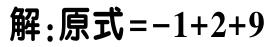
解：原式\(=-1 + 2 + 9\)